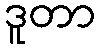
ဒူတာ